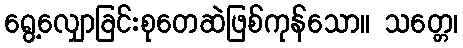
ရွေ့လျှောခြင်းစုတေဆဲဖြစ်ကုန်သော။ သတ္တေ၊